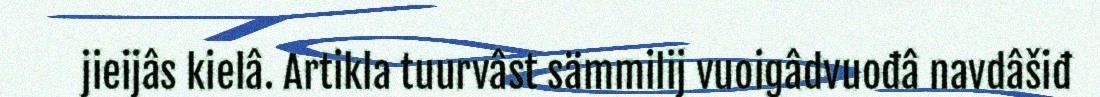
jieijâs kielâ. Artikla tuurvâst sämmilij vuoigâdvuođâ navdâšiđ